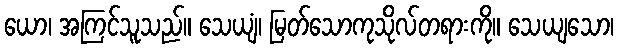
ယော၊ အကြင်သူသည်။ သေယျံ၊ မြတ်သောကုသိုလ်တရားကို။ သေယျသော၊